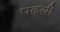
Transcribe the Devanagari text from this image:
पढ़यी